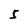
Character: 5